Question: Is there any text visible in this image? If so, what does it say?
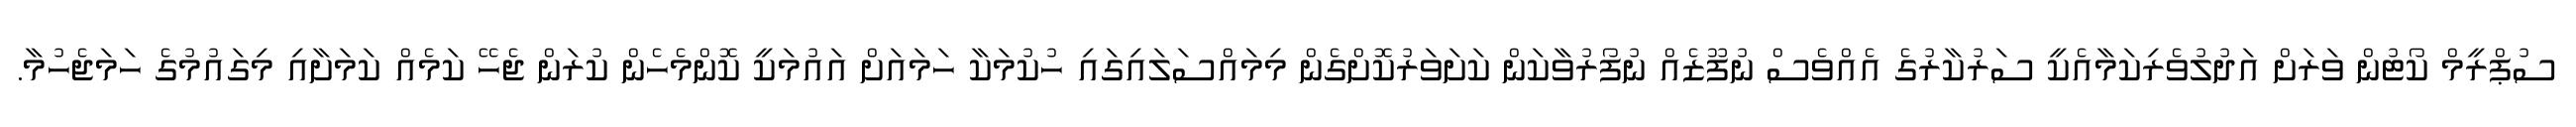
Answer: ސުޕްރީމް ކޯޓުން ވަރަށް އަދުލުވެރިކަމާއެކީ ސަރުކާރުގެ އެއްވެސް ނުފޫޒެއް ނުފޯރުވާކަން ކަށަވަރުކޮށްގެން މިމައްސަލައިގައި ހުކުމަކާ ހަމައަށް އައުމަކީ ކޮންމެހެން ކުރަން ޖެހޭ ކަމެއް ކަމަށާއި މިގައުމުގެ ހަމަޖެހުމާ.